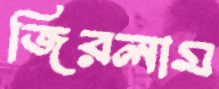
জিরলাম